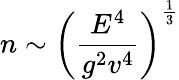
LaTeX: n\sim\left(\frac{E^{4}}{g^{2}v^{4}}\right)^{\frac{1}{3}}